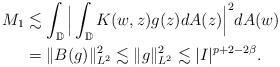
LaTeX: \begin{align*}M_{1}&\lesssim\int_{\mathbb{D}}\Big|\int_{\mathbb{D}}K(w,z)g(z)dA(z)\Big|^{2}dA(w)\\&=\|B(g)\|_{L^{2}}^{2}\lesssim \|g\|_{L^{2}}^{2}\lesssim|I|^{p+2-2\beta}.\end{align*}